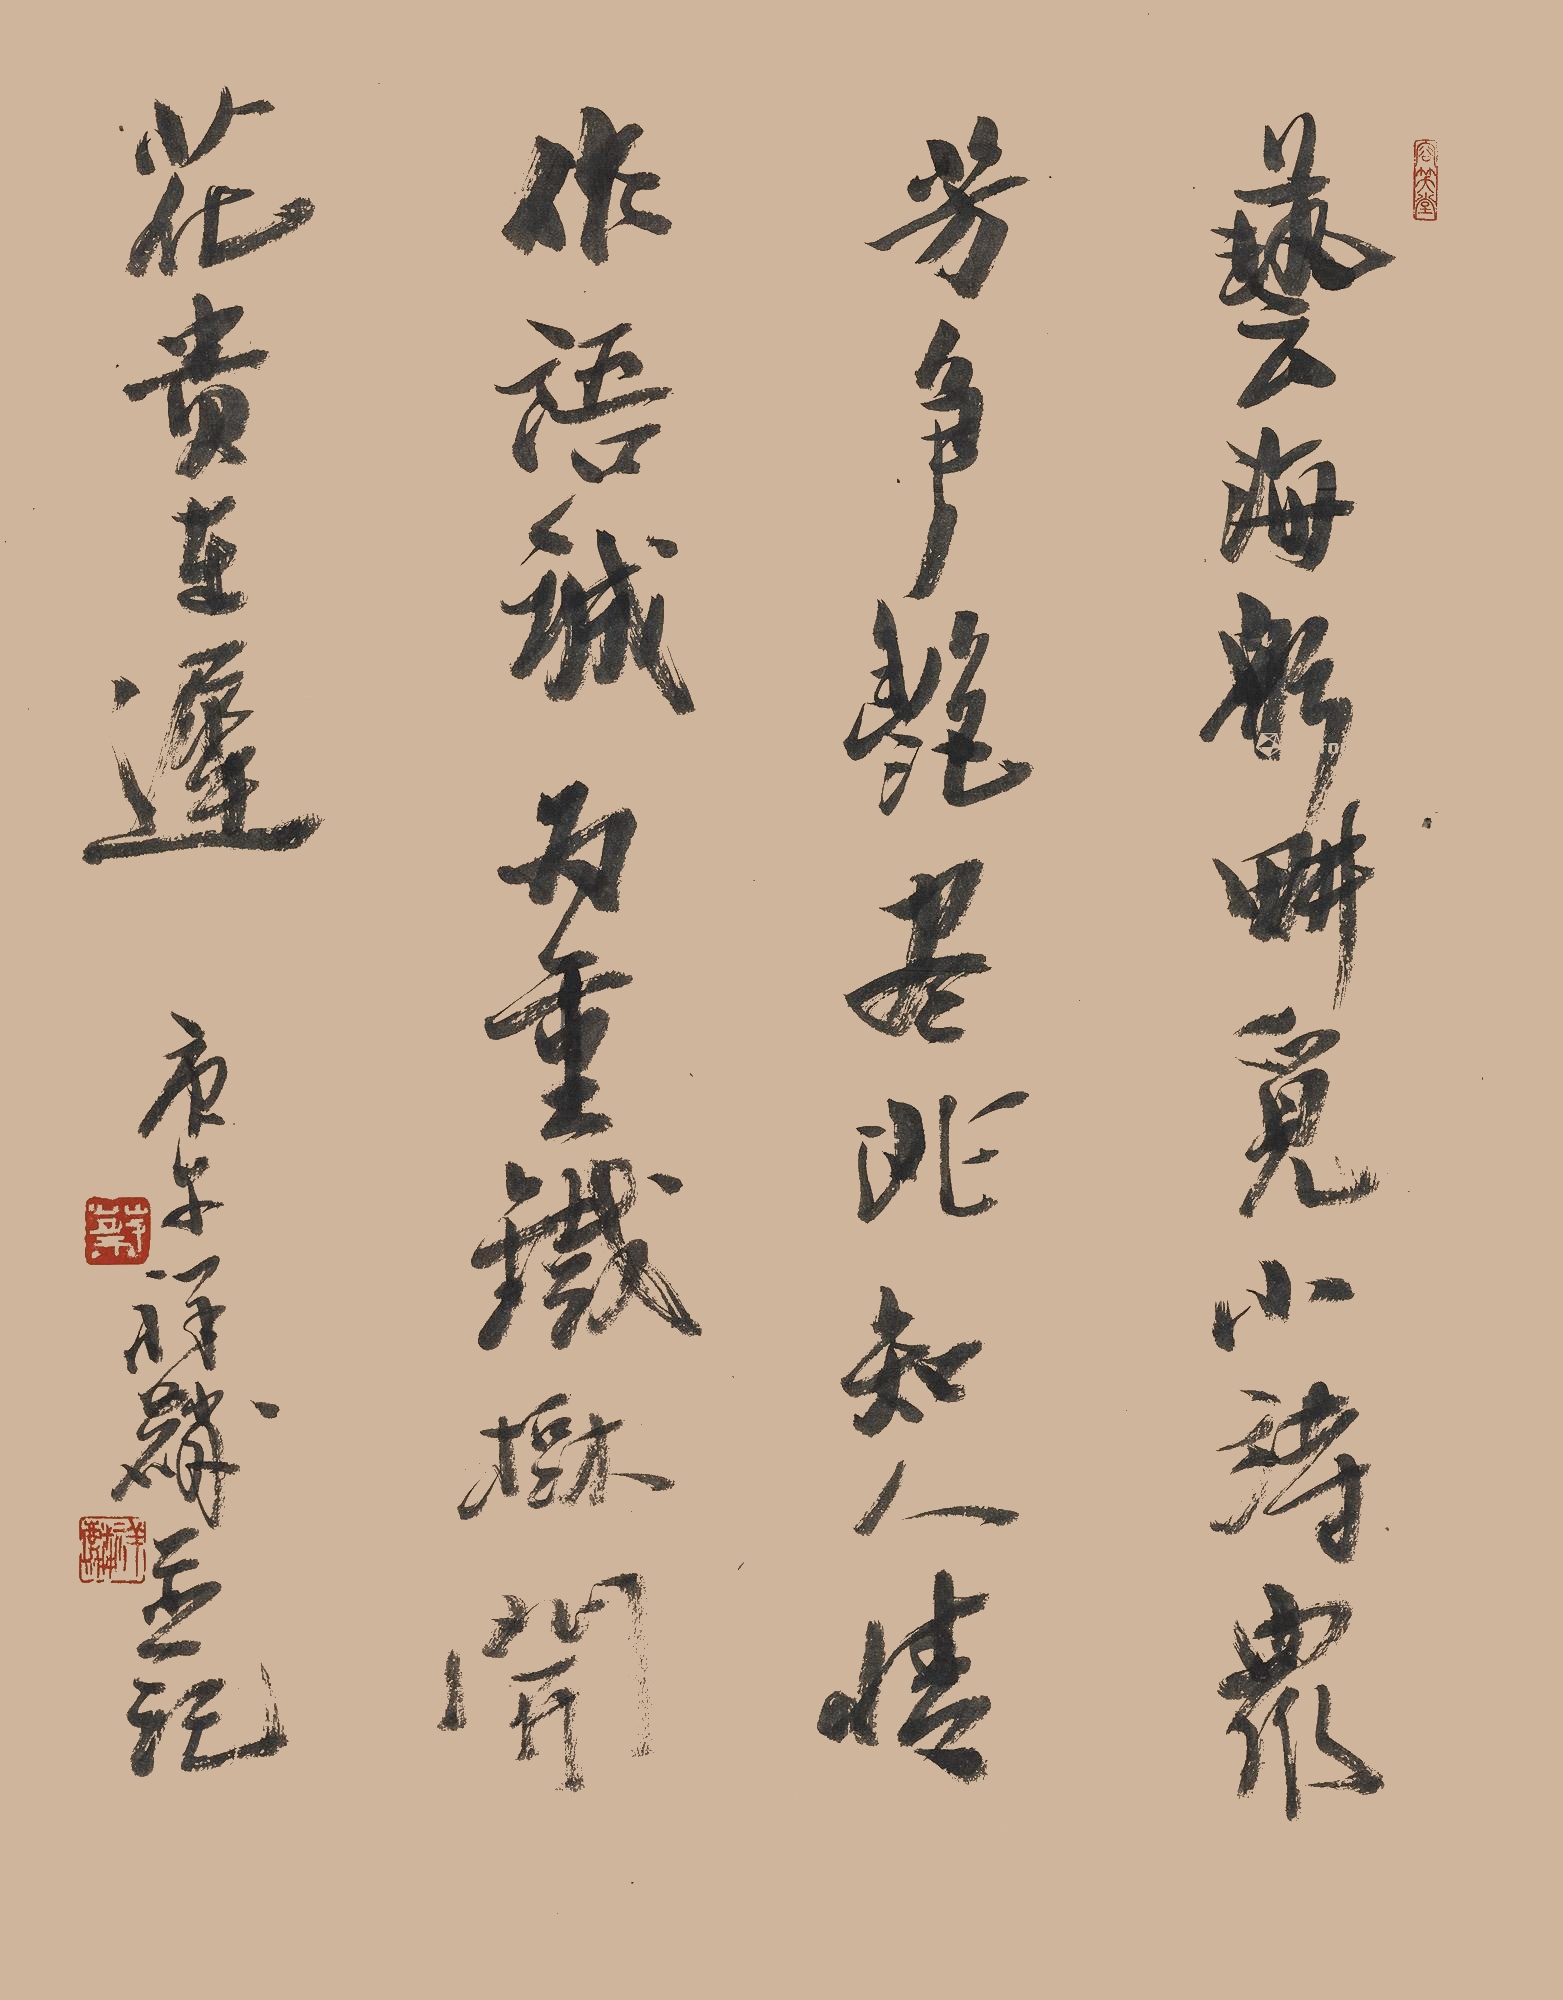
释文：艺海耘耕觅小诗，众芳争艳尽（）知。人情作语诚为重，铁树开花贵在迟。庚午（1990年），祥麟并记。